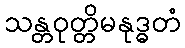
သန္တဝုတ္တိမနုဒ္ဓတံ